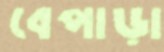
বেপাড়া